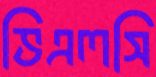
ভিএলসি